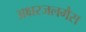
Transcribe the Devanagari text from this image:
अक्षरजलगैस